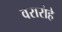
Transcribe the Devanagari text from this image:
वरारोहे